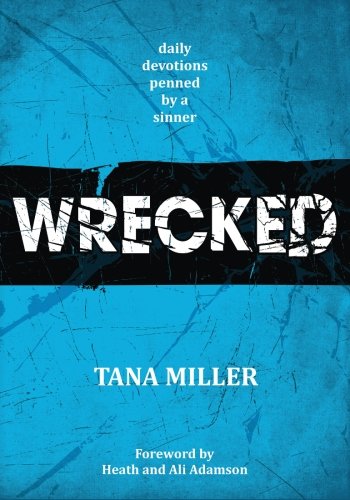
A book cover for Wrecked; Tana Miller; Religion & Spirituality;